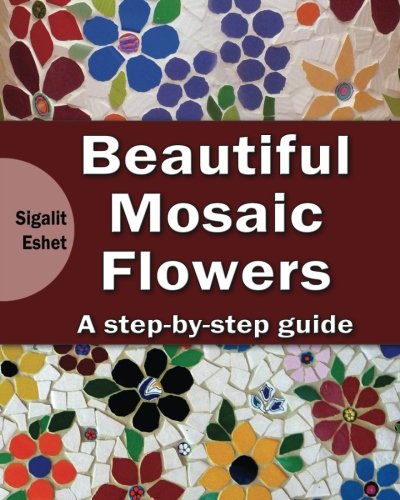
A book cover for Beautiful Mosaic Flowers - A step-by-step guide (Art and crafts) (Volume 3); Sigalit Eshet; Crafts, Hobbies & Home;